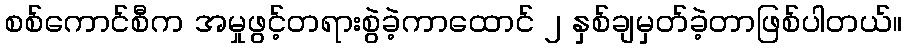
စစ်ကောင်စီက အမှုဖွင့်တရားစွဲခဲ့ကာထောင် ၂ နှစ်ချမှတ်ခဲ့တာဖြစ်ပါတယ်။